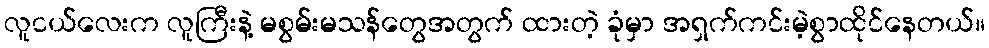
လူငယ်လေးက လူကြီးနဲ့ မစွမ်းမသန်တွေအတွက် ထားတဲ့ ခုံမှာ အရှက်ကင်းမဲ့စွာထိုင်နေတယ်။